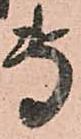
専